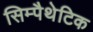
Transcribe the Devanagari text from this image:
सिम्पैथेटिक